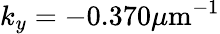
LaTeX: k_{y}=-0.370\mu\mathrm{m}^{-1}